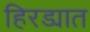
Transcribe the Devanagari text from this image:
हिरड्यात